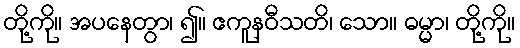
တို့ကို။ အပနေတွာ၊ ၍။ ဧကူနဝီသတိ၊ သော။ ဓမ္မာ၊ တို့ကို။